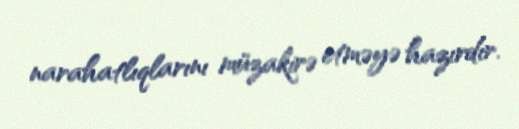
narahatlıqlarını müzakirə etməyə hazırdır.